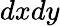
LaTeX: dxdy